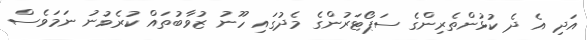
އަދި އެ ދެ ކުޅުންތެރިންގެ ސަޕޯޓަރުންގެ މެދުގައި ހޫނު ޒުވާބުތައް ކުރެވުނު ނަމަވެސް